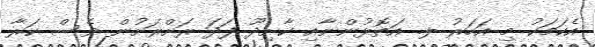
އެކަމަކު މި އަހަރު ލ. އަތޮޅުންނާއި ކާށިދޫ ފަދަ ރަށްރަށުން ވެސް ކަރާ